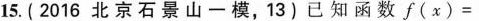
15.(2016北京石景山一模，13)已知函数 $$ f( χ )=